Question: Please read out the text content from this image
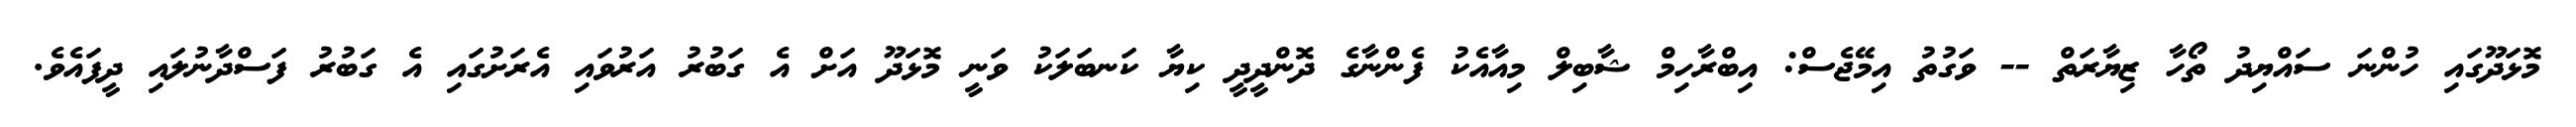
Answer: މޮޅަދޫގައި ހުންނަ ސައްޔިދު ތޯހާ ޒިޔާރަތް -- ވަގުތު އިމޭޖެސް: އިބްރާހިމް ޝާބިލް މިއާއެކު ފެންނާގެ ދޮންދީދީ ކިޔާ ކަނބަލަކު ވަނީ މޮޅަދޫ އަށް އެ ގަބުރު އަރުވައި އެރަށުގައި އެ ގަބުރު ފަސްދާނުލައި ދީފައެވެ.